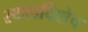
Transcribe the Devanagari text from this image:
स्थलविशेष